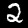
Label: 2